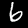
Label: 6